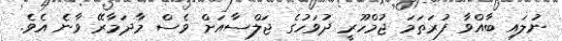
ނުލައި ބާއްވާ ފުރަަތަމަ ޖުމްހޫރީ ދުވަހުގެ ޖަލްސާއަށް ވެސް މާދަމާރޭ ވާނެ އެވެ.